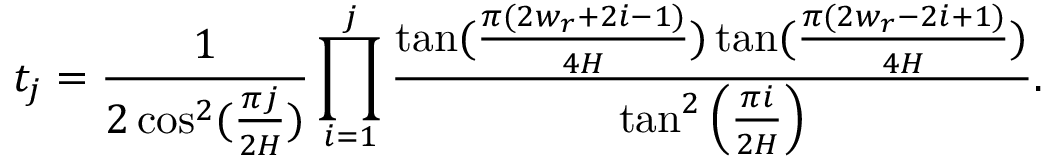
t _ { j } = \frac { 1 } { 2 \cos ^ { 2 } ( \frac { \pi j } { 2 H } ) } \prod _ { i = 1 } ^ { j } \frac { \tan ( \frac { \pi ( 2 w _ { r } + 2 i - 1 ) } { 4 H } ) \tan ( \frac { \pi ( 2 w _ { r } - 2 i + 1 ) } { 4 H } ) } { \tan ^ { 2 } \left( \frac { \pi i } { 2 H } \right) } .